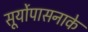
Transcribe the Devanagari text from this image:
सूर्योपासनाके